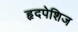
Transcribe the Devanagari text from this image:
हृदपेशिज